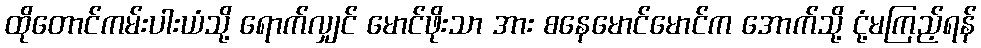
ထိုတောင်ကမ်းပါးယံသို့ ရောက်လျှင် မောင်ဖိုးသာ အား စနေမောင်မောင်က အောက်သို့ ငုံ့မကြည့်ရန်